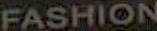
FASHION